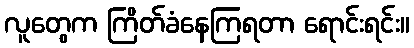
လူတွေက ကြိတ်ခံနေကြရတာ ရောင်းရင်း။